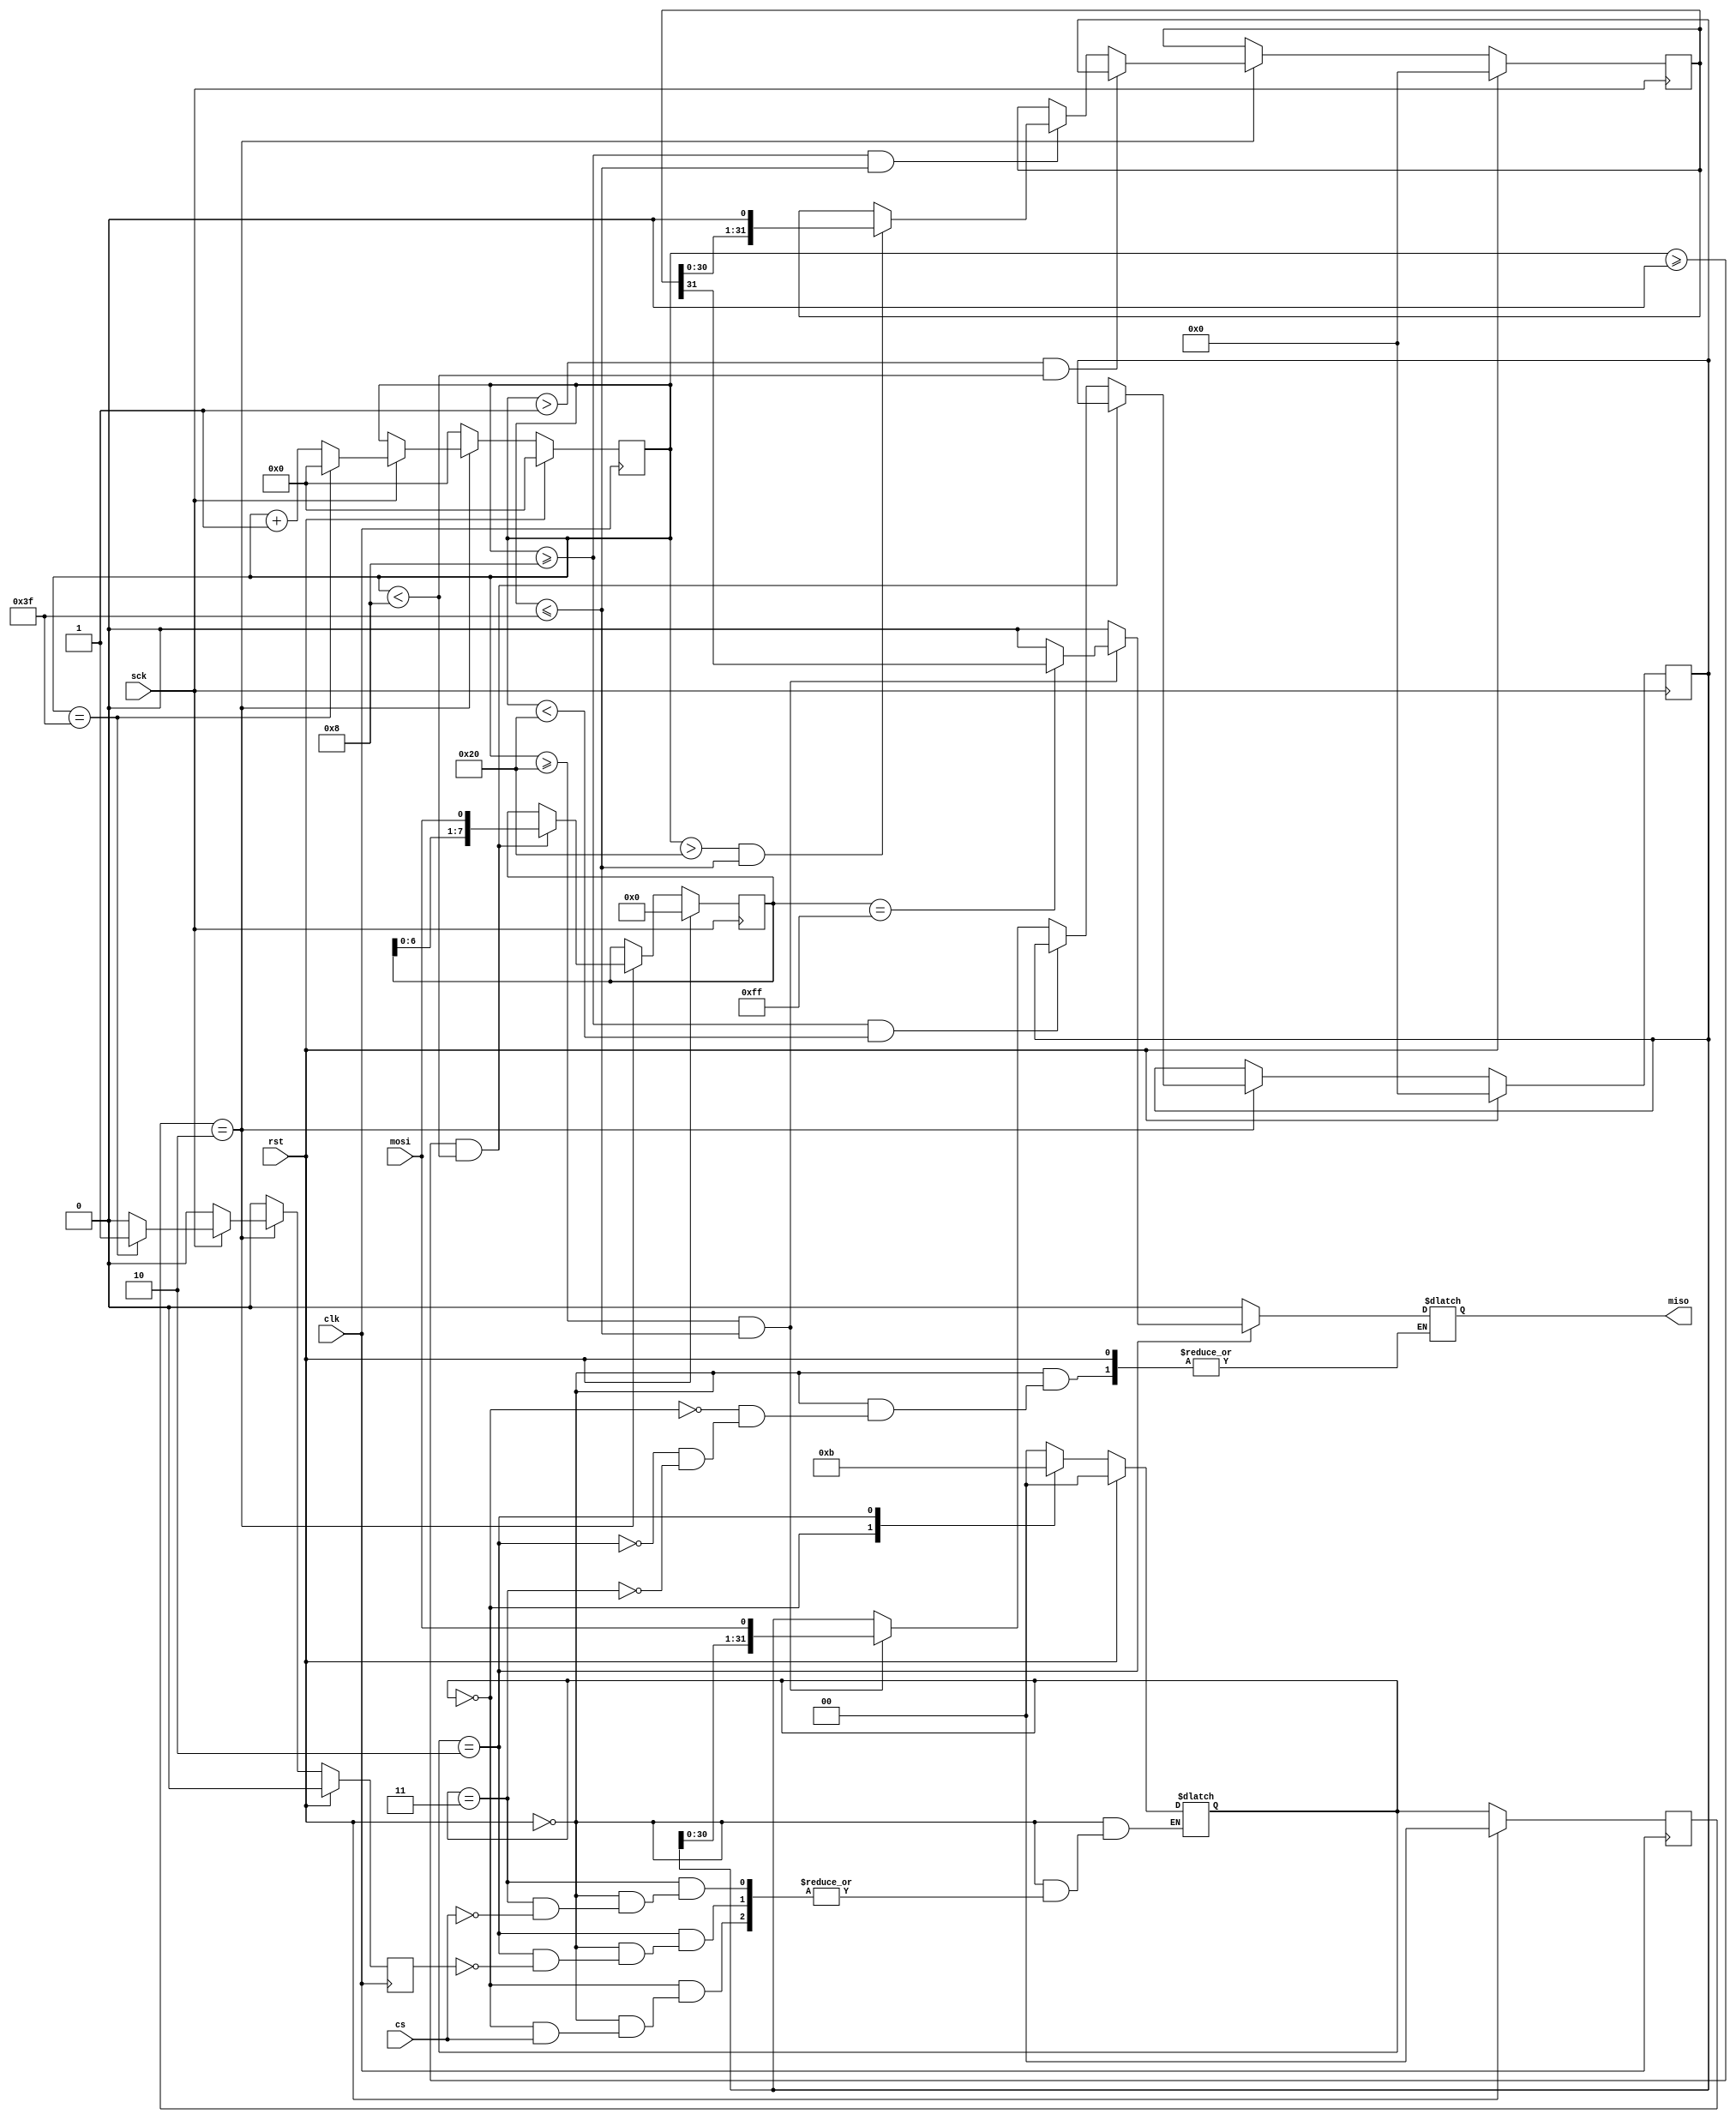
module spi_slave (
    input wire clk,
    input wire rst,
    // Chip Select
    input wire cs,
    // Serial Clock
    input wire sck,
    // Master Out Slave In
    input wire mosi,
    // Master In Slave Out
    output reg miso
);

    reg [5:0] data_count;
    reg data_end;

    always @(posedge clk) begin
        if (rst) begin
            data_count <= 0;
            data_end <= 0;
        end
        else begin
            if (current_state == DATA) begin
                if (sck == 1) begin
                    if (data_count == 63) begin
                        data_count <= 0;
                        data_end <= 1;
                    end
                    else begin
                        data_count <= data_count + 1;
                        data_end <= 0;
                    end
                end
                else begin
                    data_count <= data_count;
                    data_end <= 0;
                end
            end
            else begin
                data_count <= 0;
                data_end <= 0;
            end
        end
    end

    // Master Out Slave In

    reg [7:0] command_save;
    reg [23:0] address_save;
    reg [31:0] data_save;

    always @(posedge sck) begin
        if (rst) begin
            command_save <= 0;
            address_save <= 0;
            data_save <= 0;
        end
        else begin
            if (current_state == DATA) begin
                // Command, address and data saved from MOSI line from MSB respectively
                if ((data_count >= 0) && (data_count < 8)) begin
                    command_save <= {command_save[6:0],mosi};
                end
                else if ((data_count >= 8) && (data_count < 32)) begin
                    address_save <= {address_save[22:0],mosi};
                end
                else if ((data_count >= 32) && (data_count <= 63)) begin
                    data_save <= {data_save[30:0],mosi};
                end
                else begin
                    command_save <= command_save;
                    address_save <= address_save;
                    data_save <= data_save;
                end        
            end
            else begin
                command_save <= command_save;
                address_save <= address_save;
                data_save <= data_save;
            end
        end
    end

    // Master In Slave Out

    reg [31:0] data_out;

    always @(negedge sck) begin
        if (rst) begin
            data_out <= 0;
        end
        else begin
            if (current_state == DATA) begin
                if ((data_count > 1) && (data_count < 8)) begin
                    data_out <= data_save;
                end
                else if ((data_count >= 8) && (data_count <= 63)) begin
                    // Data shifted serially on MISO line from MSB respectively
                    if ((data_count > 32) && (data_count <= 63)) begin
                        data_out <= {data_out[30:0],1'b0};
                    end
                    else begin
                        data_out <= data_out;
                    end
                end
                else begin
                    data_out <= data_out;
                end
            end
            else begin
                data_out <= data_out;
            end
        end
    end

    // Finite State Machine

    localparam IDLE = 2'b00;
    localparam DATA = 2'b10;
    localparam DISABLE = 2'b11;

    reg [1:0] current_state, next_state;

    always @(posedge clk) begin
        if (rst) begin
            current_state <= 0;
        end
        else begin
            current_state <= next_state;
        end
    end

    always @(*) begin
        if (rst) begin
            next_state = 0;
        end
        else begin
            case (next_state)
                IDLE: begin
                    miso = 0;
                    if (cs == 1'b0) begin
                        next_state = DATA;
                    end
                end
                DATA: begin
                    if ((data_count >= 32) && (data_count <= 63)) begin
                        // Data shifted serially on MOSI line from MSB respectively on command ALL ONES
                        if (command_save == 8'hff) begin
                            miso = data_out[31];
                        end
                        else begin
                            miso = 0;
                        end
                        
                    end
                    else begin
                        miso = 0;
                    end            
                    
                    if (data_end == 1'b1) begin
                        next_state = DISABLE;
                    end
                end
                DISABLE: begin
                    miso = 0;
                    if (cs == 1'b1) begin
                        next_state = IDLE;
                    end
                end
                default: next_state = IDLE;
            endcase
        end
    end

endmodule